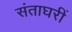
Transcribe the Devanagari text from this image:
संताघरीं